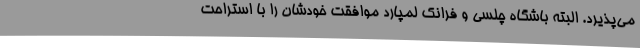
می‌پذیرد. البته باشگاه چلسی و فرانک لمپارد موافقت خودشان را با استراحت